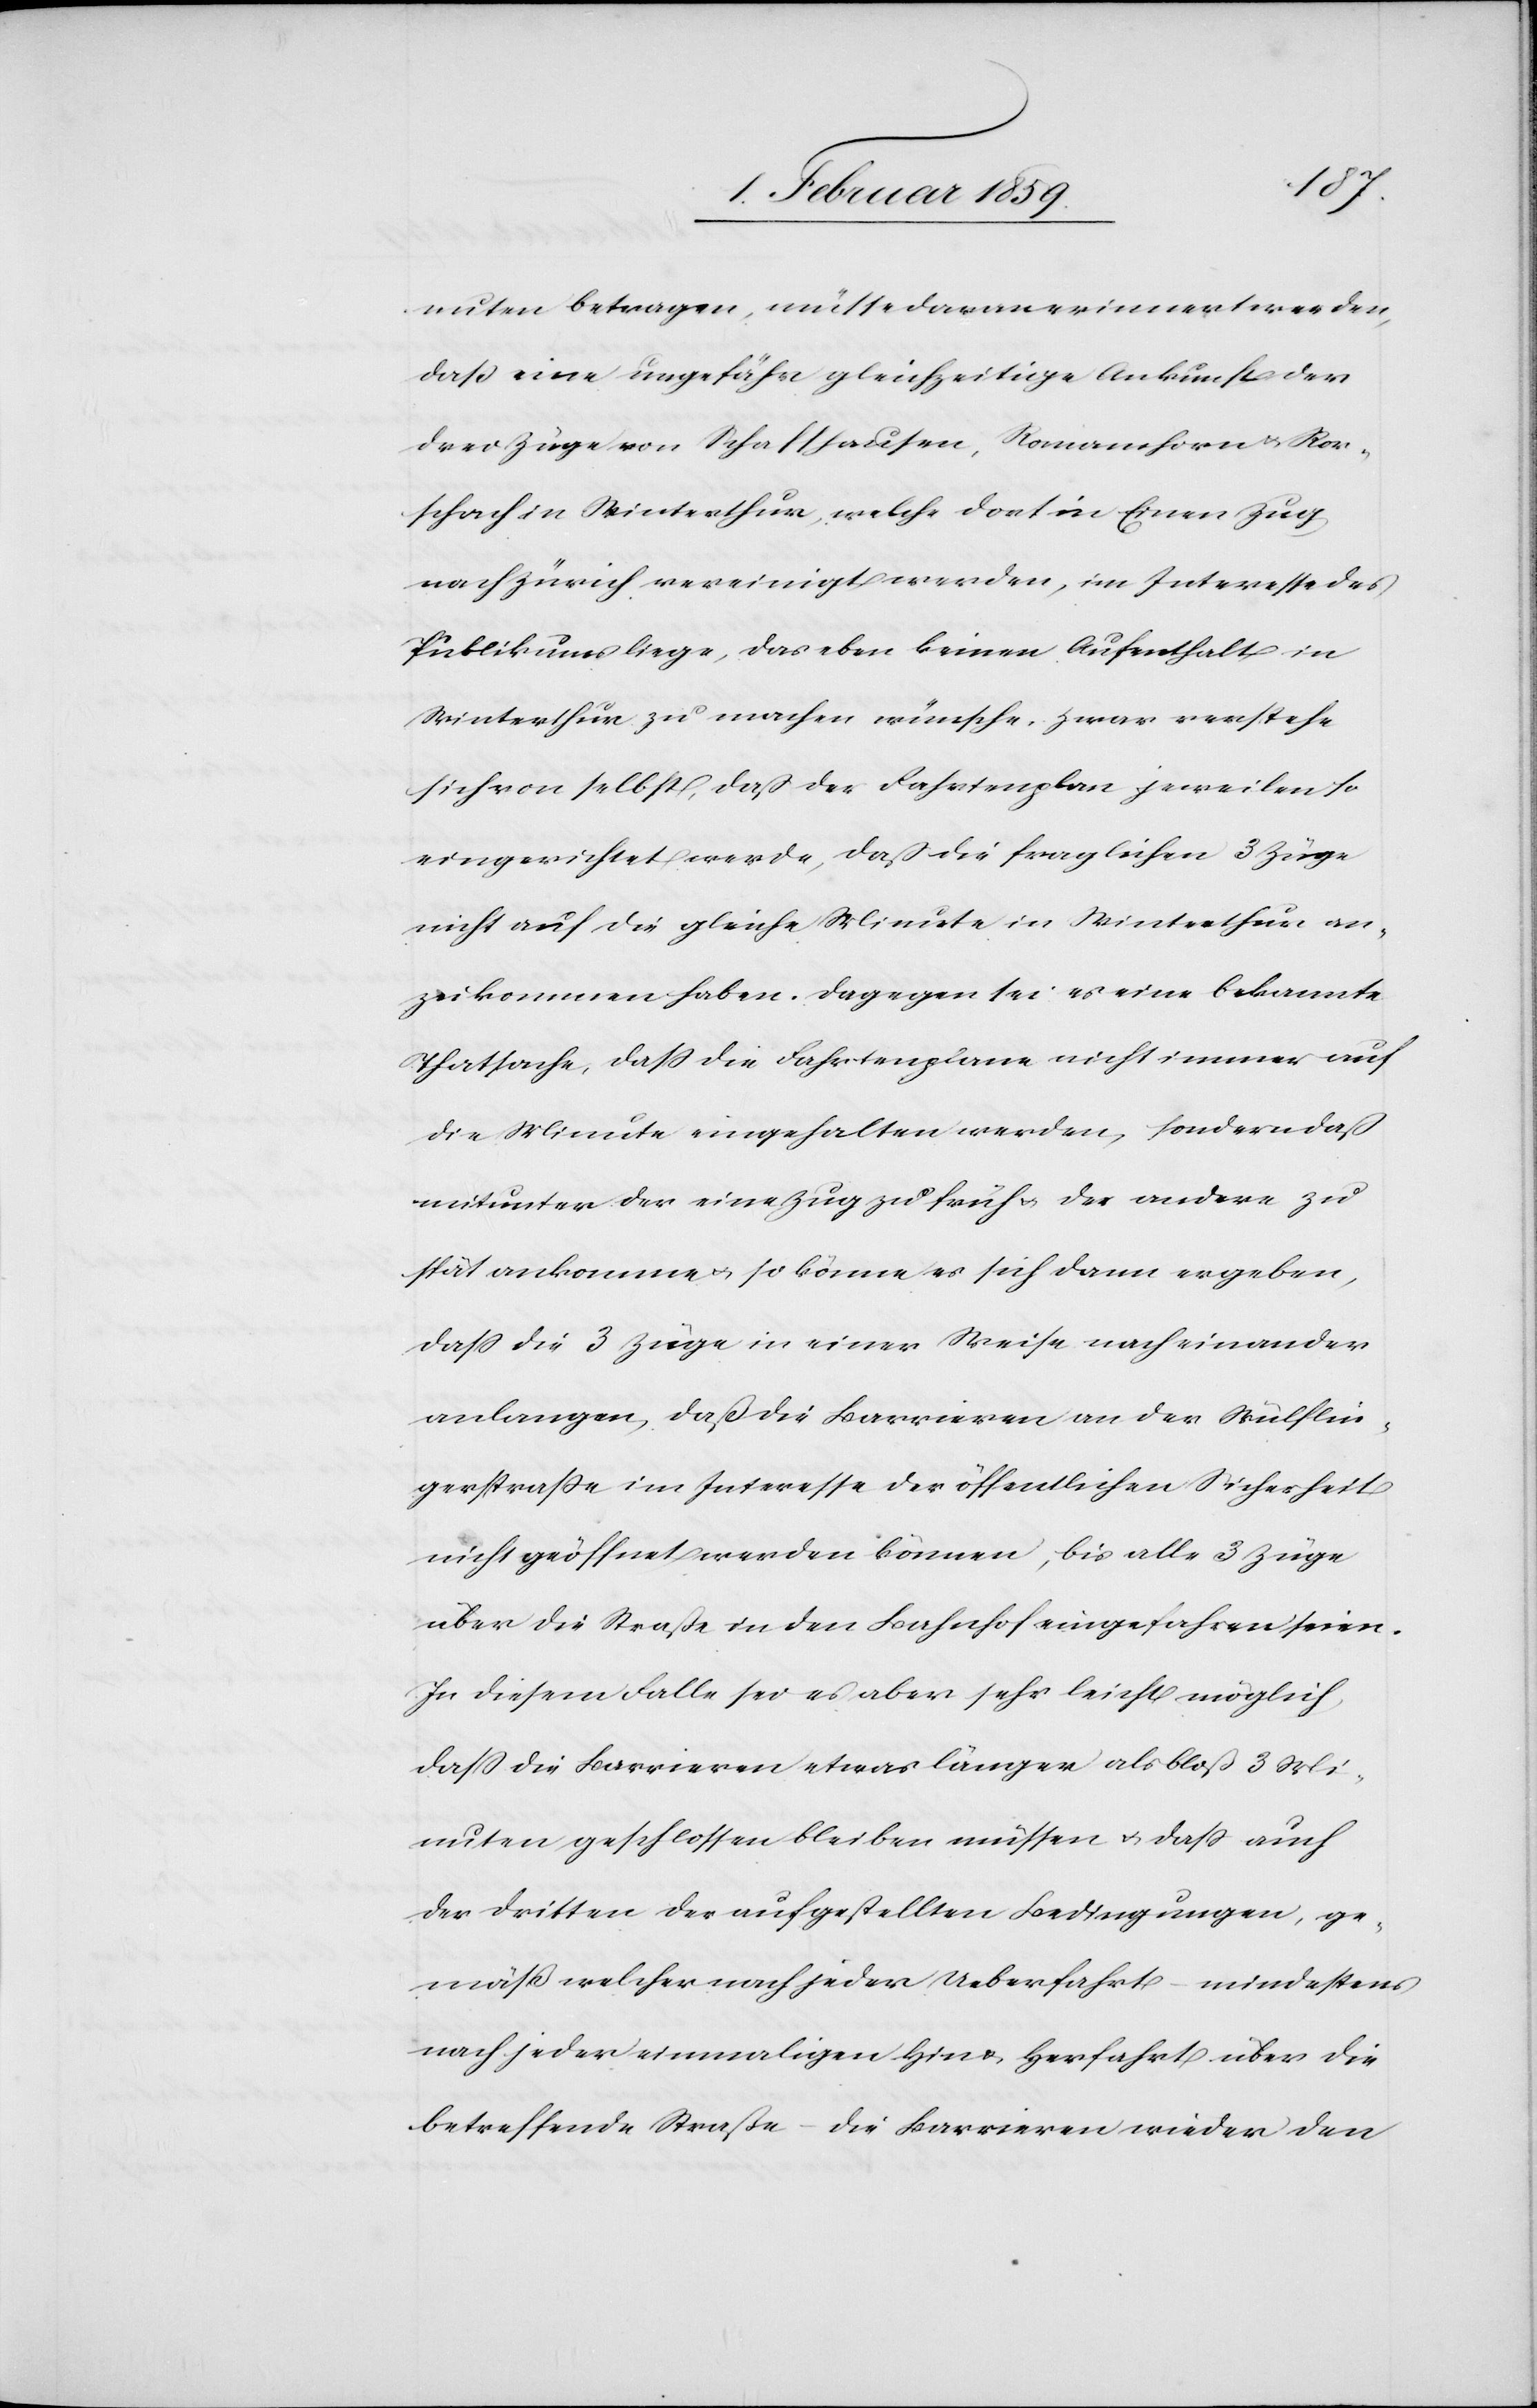
nuten betragen, müsse daran erinnert werden,
daß eine ungefähr gleichzeitige Ankunft der
drei Züge von Schaffhausen, Romanshorn u. Ror¬
schach in Winterthur, welche dort in Einen Zug
nach Zürich vereinigt werden, im Interesse des
Publikums liege, das eben keinen Aufenthalt in
Winterthur zu machen wünsche. Zwar verstehe
sich von selbst, daß der Fahrtenplan jeweilen so
eingerichtet werde, daß die fraglichen 3 Züge
nicht auf die gleiche Minute in Winterthur an¬
zukommen haben. Dagegen sei es eine bekannte
Thatsache, daß die Fahrtenplane nicht immer auf
die Minute eingehalten werden, sondern daß
mitunter der eine Zug zu früh u. der andere zu
spät ankomme u. so könne es sich dann ergeben,
daß die 3 Züge in einer Weise nach einander
anlangen, daß die Barrieren an der Wülflin¬
gerstraße im Interesse der öffentlichen Sicherheit
nicht geöffnet werden können, bis alle 3 Züge
über die Straße in den Bahnhof eingefahren seien.
In diesem Falle sei es aber sehr leicht möglich,
daß die Barrieren etwas länger als bloß 3 Mi¬
nuten geschlossen bleiben müssen u. daß auch
der dritten der aufgestellten Bedingungen, ge¬
mäß welcher nach jeder Ueberfahrt –mindestens
nach jeder einmaligen Hin & Herfahrt über die
betreffende Straße – die Barrieren wieder den